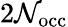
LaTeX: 2\mathcal{N}_{\mathrm{{occ}}}